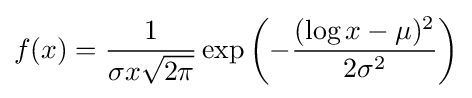
f(x)={\frac {1}{\sigma x{\sqrt {2\pi }}}}\exp \left(-{\frac {(\log x-\mu )^{2}}{2\sigma ^{2}}}\right)